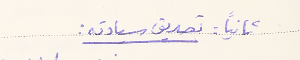
ثانيًا: تصديق سيادته: